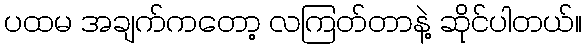
ပထမ အချက်ကတော့ လကြတ်တာနဲ့ ဆိုင်ပါတယ်။